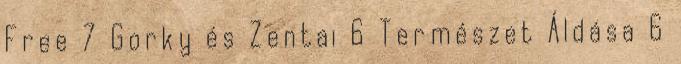
Free 7 Gorky és Zentai 6 Természet Áldása 6